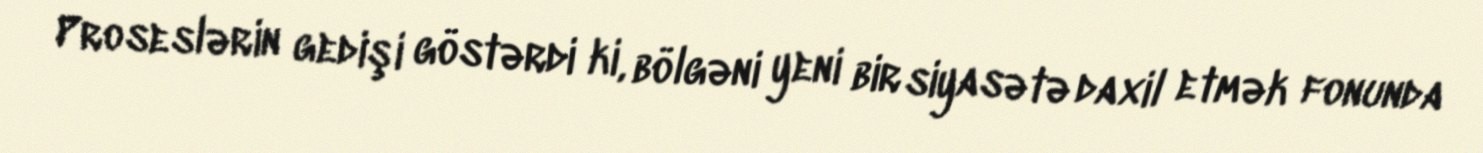
Proseslərin gedişi göstərdi ki, bölgəni yeni bir siyasətə daxil etmək fonunda